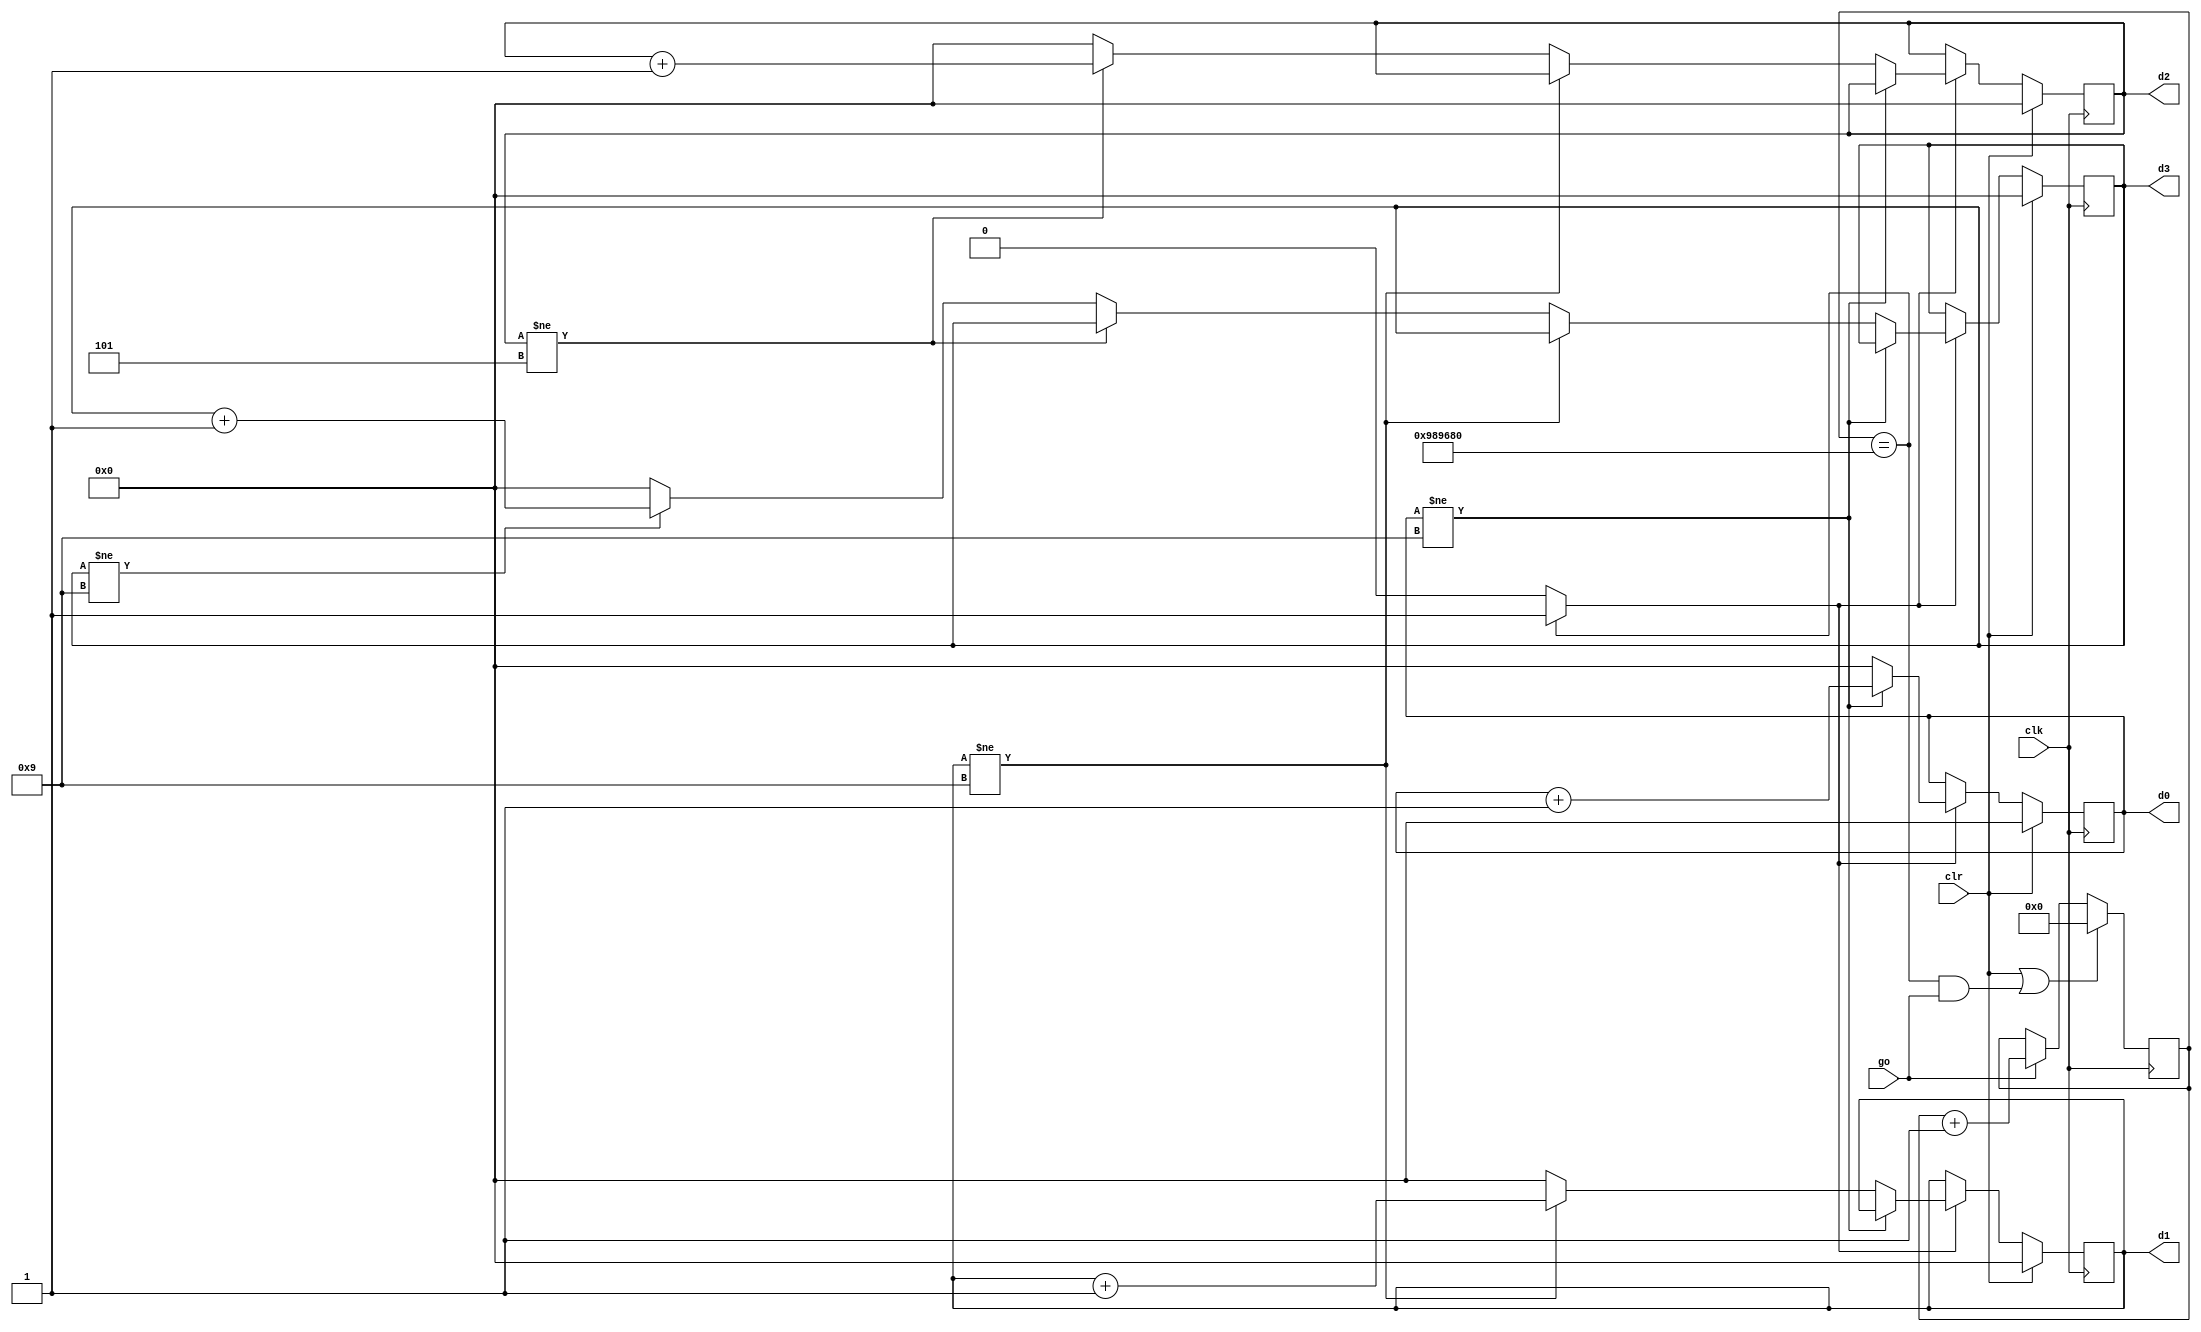
// Listing 4.18
module stop_watch_if
   (
    input wire clk,
    input wire go, clr,
    //***PART 1 - ADDED OUTPUT WIRE "d3" FOR MINUTE DISPLAY***
    output wire [3:0] d3, d2, d1, d0
   );

   // declaration
   localparam  DVSR = 10000000;
   reg [23:0] ms_reg;
   wire [23:0] ms_next;
   //***PART 1 - ADDED d3_reg AND d3_next FOR STORING AND CHANGING VALUE OF MINUTE DISPLAY***
   reg [3:0] d3_reg, d2_reg, d1_reg, d0_reg;
   reg [3:0] d3_next, d2_next, d1_next, d0_next;
   wire ms_tick;

   // body
   // register
   always @(posedge clk)
   begin
      ms_reg <= ms_next;
      //***PART 1 - ADDED d3_reg <= d3_next TO UPDATE VALUE OF MINUTE DISPLAY***
      d3_reg <= d3_next;
      d2_reg <= d2_next;
      d1_reg <= d1_next;
      d0_reg <= d0_next;
   end

   // next-state logic
   // 0.1 sec tick generator: mod-5000000
   assign ms_next = (clr || (ms_reg==DVSR && go)) ? 4'b0 :
                    (go) ? ms_reg + 1 :
                           ms_reg;
   assign ms_tick = (ms_reg==DVSR) ? 1'b1 : 1'b0;
   // 3-digit bcd counter
   always @*
   begin
      // default: keep the previous value
      d0_next = d0_reg;
      d1_next = d1_reg;
      d2_next = d2_reg;
      //***PART 1 - ADDED d3_next = d3_reg*** 
      d3_next = d3_reg;
      if (clr)
         begin
            d0_next = 4'b0;
            d1_next = 4'b0;
            d2_next = 4'b0;
            //***PART 1 - ADDED d3_next = 4'b0 TO SET MINUTE DISPLAY TO 0 WHEN clr IS HIGH***
            d3_next = 4'b0;
         end
      else if (ms_tick)
         if (d0_reg != 9)
            d0_next = d0_reg + 1;
         else              // reach X.XX.9
            begin
               d0_next = 4'b0;
               if (d1_reg != 9)
                  d1_next = d1_reg + 1;
               else       // reach X.X9.9
                  begin
                     d1_next = 4'b0;
                     //***PART 1 - CHANGED TO !=5, AS X.59.X IS THE MAX VALUE FOR SECONDS COUNTER***
                     if (d2_reg != 5)
                        d2_next = d2_reg + 1;
                        //***PART 1 - ADDED LOGIC TO COUNT USING THE MINUTES DISPLAY***
                     else // reach X.99.9
                        begin
                            d2_next = 4'b0;//SET SECONDS TENS DISPLAY TO 0
                            if(d3_reg != 9)//MAX MINUTE DISPLAYED = 9
                                d3_next = d3_reg + 1;//INCREASE MINUTES
                            else 
                                d3_next = 4'b0;//SET TO 0 WHEN OVER 9
                        end
                  end
            end
   end

   // output logic
   assign d0 = d0_reg;
   assign d1 = d1_reg;
   assign d2 = d2_reg;
   //***PART 1 - ADDED d3 = d3_reg TO ASSIGN THE UPDATED VALUE TO THE MINUTE DISPLAY REGISTER***
   assign d3 = d3_reg;

endmodule